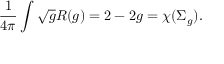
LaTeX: \frac { 1 } { 4 \pi } \int \sqrt { g } R ( g ) = 2 - 2 g = \chi ( \Sigma _ { g } ) .